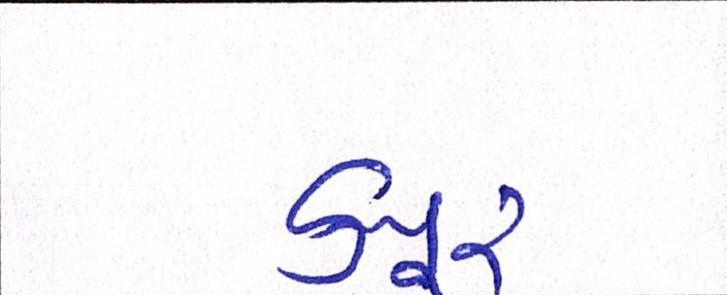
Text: કપૂર